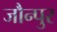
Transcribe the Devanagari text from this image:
जौन्पुर